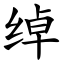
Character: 绰